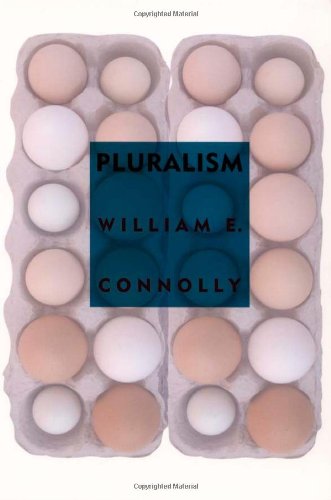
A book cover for Pluralism; William E. Connolly; Politics & Social Sciences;